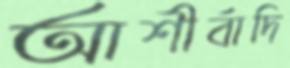
আশীর্বাদি